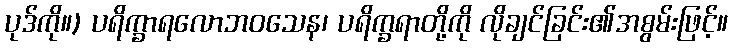
ပုဒ်ကို။) ပရိက္ခာရလောဘဝသေန၊ ပရိက္ခရာတို့ကို လိုချင်ခြင်း၏အစွမ်းဖြင့်။